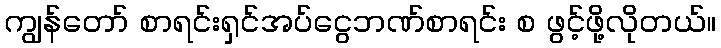
ကျွန်တော် စာရင်းရှင်အပ်ငွေဘဏ်စာရင်း စ ဖွင့်ဖို့လိုတယ်။